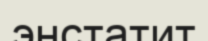
энстатит